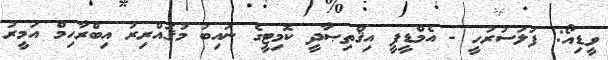
ވީޑިއޯ: ފަލަސުރުހީ - އެމްޑީޕީ އިޤްތިޞާދީ ކޮމިޓީގެ ނައިބު މުޤައްރިރު އިބްރާހިމް އަމީރު